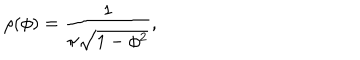
\rho ( \phi ) = \frac { 1 } { \pi \sqrt { 1 - \phi ^ { 2 } } } ,